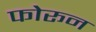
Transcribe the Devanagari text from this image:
फोरून